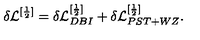
\delta { \cal L } ^ { [ \frac { 1 } { 2 } ] } = \delta { \cal L } _ { D B I } ^ { [ \frac { 1 } { 2 } ] } + \delta { \cal L } _ { P S T + W Z } ^ { [ \frac { 1 } { 2 } ] } .